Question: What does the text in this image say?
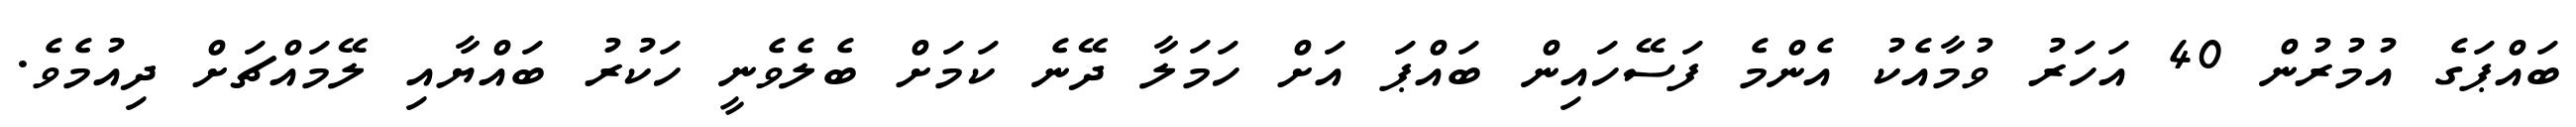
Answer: ބައްޕަގެ އުމުރުން 40 އަހަރު ވުމާއެކު އެންމެ ފަސޭހައިން ބައްޕަ އަށް ހަމަލާ ދޭނެ ކަމަށް ބެލެވެނީ ހަކުރު ބައްޔާއި ލޭމައްޗަށް ދިއުމެވެ.